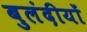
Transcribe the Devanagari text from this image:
बुलंदीयों